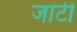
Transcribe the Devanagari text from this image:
जांटी